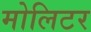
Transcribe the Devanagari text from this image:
मोलिटर